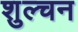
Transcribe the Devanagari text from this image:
शुल्चन